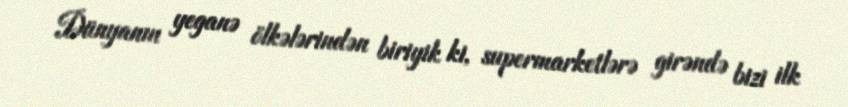
Dünyanın yeganə ölkələrindən biriyik ki, supermarketlərə girəndə bizi ilk